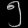
Digit: ၅